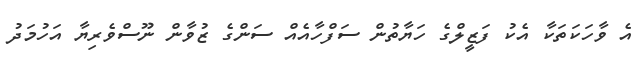
އެ ވާހަކަތަކާ އެކު ފަޒީލްގެ ހަޔާތުން ސަފްހާއެއް ސަންގެ ޒުވާން ނޫސްވެރިޔާ އަހުމަދު